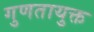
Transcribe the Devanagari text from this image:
गुणतायुक्त